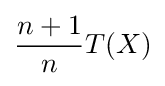
{\frac {n+1}{n}}T(X)